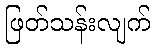
ဖြတ်သန်းလျက်